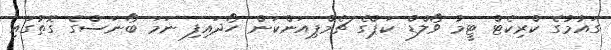
ގައުމުގެ ކްރިކެޓް ޓީމު ވޯލްޑް ކަޕްގެ ޗެމްޕިއަންކަން ހޯދައިފި ނަމަ ބޯނަސްގެ ގޮތުގައި